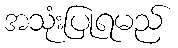
အသုံးပြုရမည်